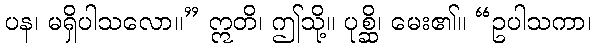
ပန၊ မရှိပါသလော။” ဣတိ၊ ဤသို့။ ပုစ္ဆိ၊ မေး၏။ “ဥပါသကာ၊